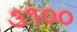
૩૧૦૦